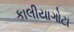
કાલીયાગોટા